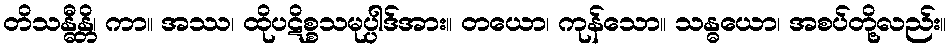
တိသန္ဓီန္တိ၊ ကာ။ အဿ၊ ထိုပဋိစ္စသမုပ္ပါဒ်အား။ တယော၊ ကုန်သော။ သန္ဓယော၊ အစပ်တို့လည်း။